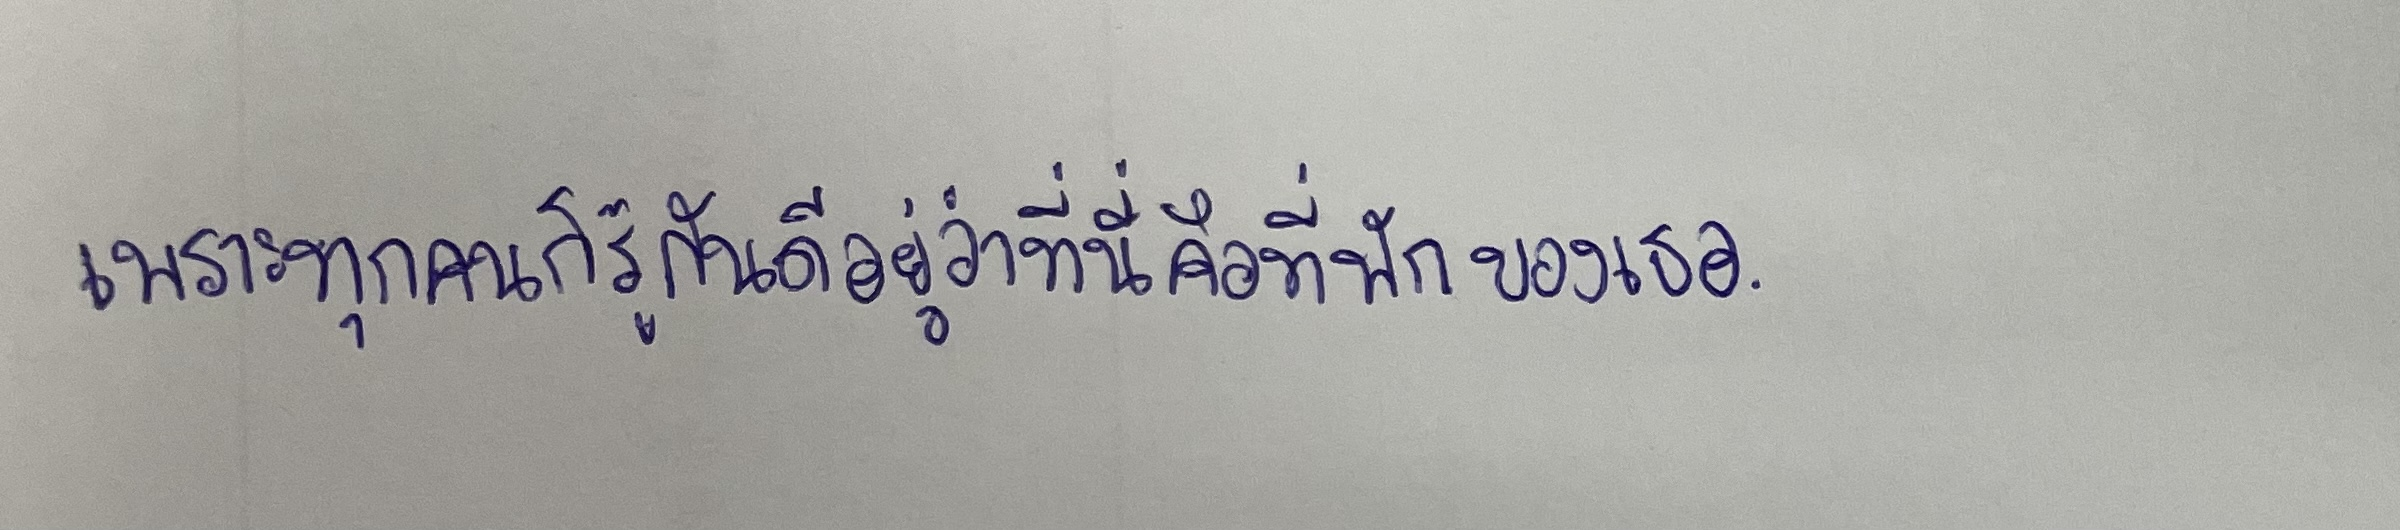
เพราะทุกคนก็รู้กันดีอยู่ว่าที่นี่คือที่พักของเธอ